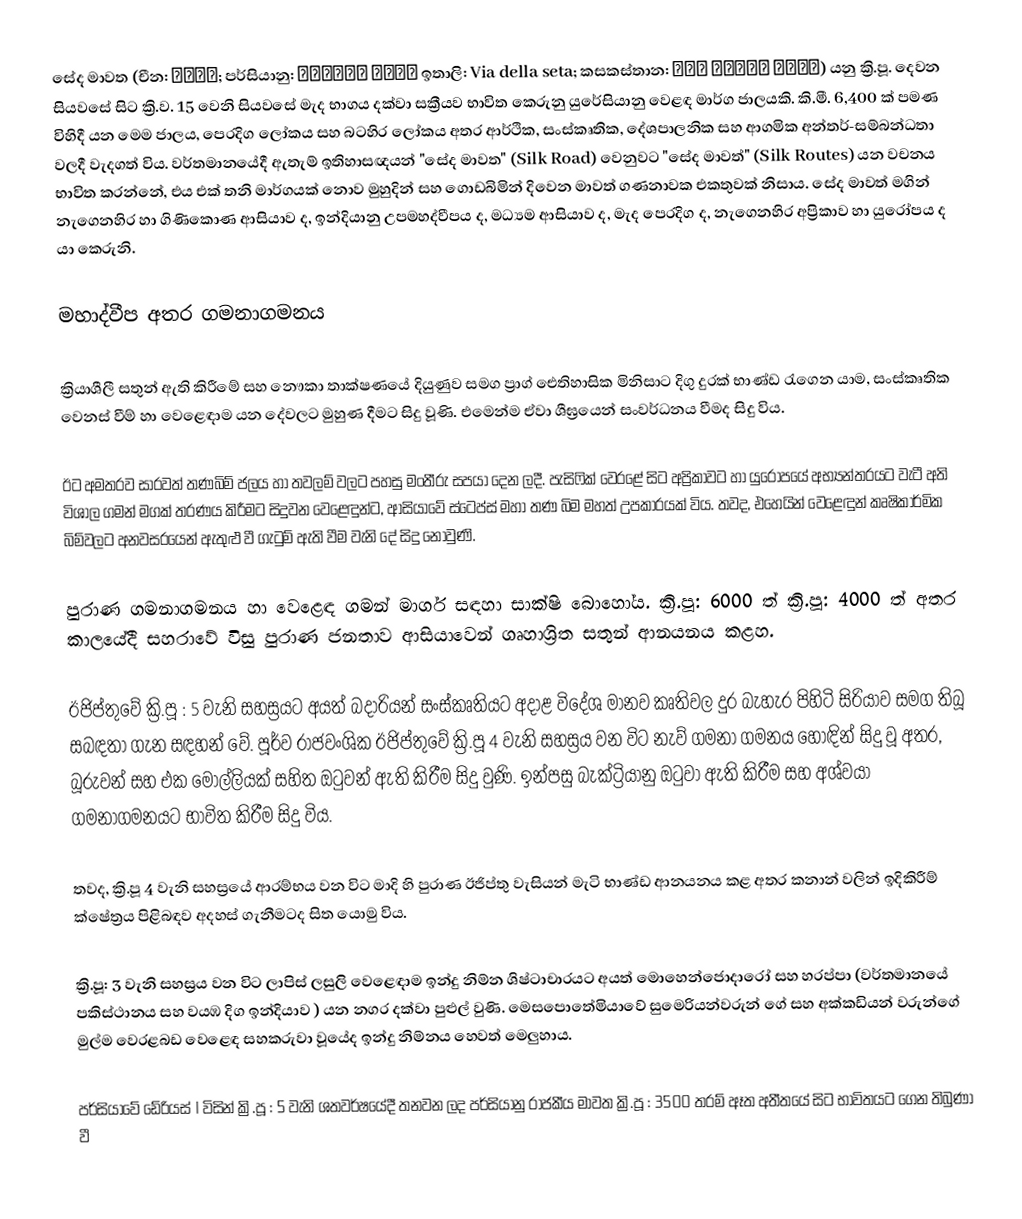
සේද මාවත (චීන: 丝绸之路; පර්සියානු: جاده ابریشم ඉතාලි: Via della seta; කසකස්තාන: Ұлы Жібек жолы) යනු ක්‍රි.පූ. දෙවන සියවසේ සිට ක්‍රි.ව. 15 වෙනි සියවසේ මැද භාගය දක්වා සක්‍රීයව භාවිත කෙරුනු යුරේසියානු වෙළඳ මාර්ග ජාලයකි. කි.මී. 6,400 ක් පමණ විහිදී යන මෙම ජාලය, පෙරදිග ලෝකය සහ බටහිර ලෝකය අතර ආර්ථික, සංස්කෘතික, දේශපාලනික සහ ආගමික අන්තර්-සම්බන්ධතා වලදී වැදගත් විය. වර්තමානයේදී ඇතැම් ඉතිහාසඥයන් "සේද මාවත" (Silk Road) වෙනුවට "සේද මාවත්" (Silk Routes) යන වචනය භාවිත කරන්නේ, එය එක් තනි මාර්ගයක් නොව මුහුදින් සහ ගොඩබිමින් දිවෙන මාවත් ගණනාවක එකතුවක් නිසාය. සේද මාවත් මගින් නැගෙනහිර හා ගිණිකොණ ආසියාව ද, ඉන්දියානු උපමහද්වීපය ද, මධ්‍යම ආසියාව ද, මැද පෙරදිග ද, නැගෙනහිර අප්‍රිකාව හා යුරෝපය ද යා කෙරුනි.

මහාද්වීප අතර ගමනාගමනය

ක්‍රියාශීලී සතුන් ඇති කිරීමේ සහ නෞකා තාක්ෂණයේ දියුණුව සමග ප්‍රාග් ඓතිහාසික මිනිසාට දිගු දුරක් භාණ්ඩ රැගෙන යාම, සංස්කෘතික වෙනස් වීම් හා වෙළෙඳාම  යන දේවලට මුහුණ දීමට සිදු වූණි. එමෙන්ම ඒවා ශීඝ්‍රයෙන් සංවර්ධනය වීමද සිදු විය.

ඊට අමතරව සාරවත් තණබිම් ජලය හා තවලම් වලට පහසු මංතීරු සපයා දෙන ලදී. පැසිෆික් වෙරළේ සිට අප්‍රිකාවට හා යුරෝපයේ අභ්‍යන්තරයට වැටී අති විශාල ගමන් මගක් තරණය කිරීමට සිදුවන වෙළෙඳුන්ට, ආසියාවේ ස්ටෙප්ස් මහා තණ බිම මහත් උපකාරයක් විය. තවද, එහෙයින් වෙළෙඳුන් කෘෂිකාර්මික බිම්වලට අනවසරයෙන් ඇතුළු වී ගැටුම් ඇති වීම වැනි දේ සිදු නොවුණි.

පුරාණ ගමනාගමනය හා වෙළෙඳ ගමන් මාර්ග සඳහා සාක්ෂි බොහෝය. ක්‍රි.පූ: 6000 ත් ක්‍රි.පූ: 4000 ත් අතර කාලයේදී සහරාවේ විසු පුරාණ ජනතාව ආසියාවෙන් ගෘහාශ්‍රිත සතුන් ආනයනය කළහ.

ඊජිප්තුවේ ක්‍රි.පූ : 5 වැනි සහස්‍රයට අයත් බදාරියන් සංස්කෘතියට අදාළ විදේශ මානව කෘතිවල දුර බැහැර පිහිටි සිරියාව සමග තිබූ සබඳතා ගැන සඳහන් වේ. පූර්ව රාජවංශික ඊජිප්තුවේ ක්‍රි.පූ 4 වැනි සහස්‍රය වන විට නැව් ගමනා ගමනය හොඳින් සිදු වූ අතර, බූරුවන් සහ එක මොල්ලියක් සහිත ඔටුවන් ඇති කිරීම සිදු වුණි. ඉන්පසු බැක්ට්‍රියානු ඔටුවා ඇති කිරීම සහ අශ්වයා ගමනාගමනයට භාවිත කිරීම සිදු විය.

තවද, ක්‍රි.පූ 4 වැනි සහස්‍රයේ ආරම්භය වන විට මාදි හි පුරාණ ඊජිප්තු වැසියන් මැටි භාණ්ඩ ආනයනය කළ අතර කනාන් වලින් ඉදිකිරීම් ක්ෂේත්‍රය පිළිබඳව අදහස් ගැනීමටද සිත යොමු විය.

ක්‍රි.පූ: 3 වැනි සහස්‍රය වන විට ලාපිස් ලසුලි වෙළෙඳාම ඉන්දු නිම්න ශිෂ්ටාචාරයට අයත් මොහෙන්ජොදාරෝ සහ හරප්පා (වර්තමානයේ පකිස්ථානය සහ වයඹ දිග ඉන්දියාව ) යන නගර දක්වා පුළුල් වුණි. මෙසපොතේමියාවේ සුමෙරියන්වරුන් ගේ සහ අක්කඩියන් වරුන්ගේ මුල්ම වෙරළබඩ වෙළෙඳ සහකරුවා වූයේද ඉන්දු නිම්නය හෙවත් මෙලුහාය.

පර්සියාවේ ඩේරියස් I විසින් ක්‍රි.පූ : 5 වැනි ශතවර්ෂයේදී තනවන ලද පර්සියානු රාජකීය මාවත ක්‍රි.පූ : 3500 තරම් ඈත අතීතයේ සිට භාවිතයට ගෙන තිබුණා වී